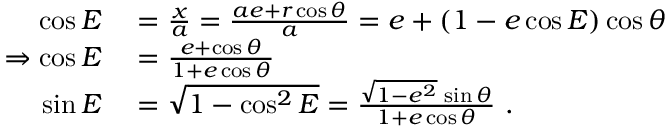
\begin{array} { r l } { \cos E } & { { } = { \frac { x } { a } } = { \frac { a e + r \cos \theta } { a } } = e + ( 1 - e \cos E ) \cos \theta } \\ { \Rightarrow \cos E } & { { } = { \frac { e + \cos \theta } { 1 + e \cos \theta } } } \\ { \sin E } & { { } = { \sqrt { 1 - \cos ^ { 2 } E } } = { \frac { { \sqrt { 1 - e ^ { 2 } } } \, \sin \theta } { 1 + e \cos \theta } } \ . } \end{array}